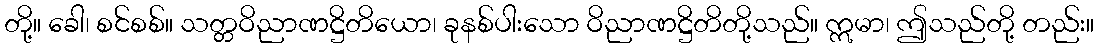
တို့။ ခေါ၊ စင်စစ်။ သတ္တဝိညာဏဋ္ဌိတိယော၊ ခုနစ်ပါးသော ဝိညာဏဋ္ဌိတိတို့သည်။ ဣမာ၊ ဤသည်တို့ တည်း။